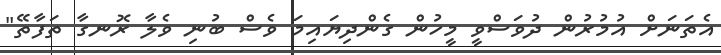
އެތަނަށް އުމުރުން ދުވަސްވީ މީހުން ގެންދިޔައިމަ ވެސް ބުނި ވެލާ ރޮނގާ ތަފާތޭ"